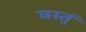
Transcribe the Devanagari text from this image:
वस्तुं